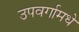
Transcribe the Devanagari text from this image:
उपवर्गामधे